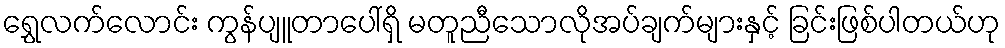
ရွှေလက်လောင်း ကွန်ပျူတာပေါ်ရှိ မတူညီသောလိုအပ်ချက်များနှင့် ခြင်းဖြစ်ပါတယ်ဟု